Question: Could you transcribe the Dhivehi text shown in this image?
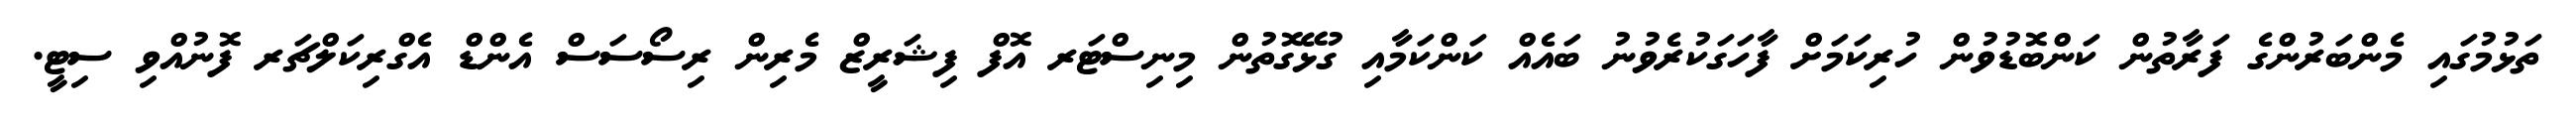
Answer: ތަޅުމުގައި މެންބަރުންގެ ފަރާތުން ކަންބޮޑުވުން ހުރިކަމަށް ފާހަގަކުރެވުނު ބައެއް ކަންކަމާއި ގުޅޭގޮތުން މިނިސްޓަރ އޮފް ފިޝަރީޒް މެރިން ރިސޯސަސް އެންޑް އެގްރިކަލްޗަރ ފޮނުއްވި ސިޓީ.